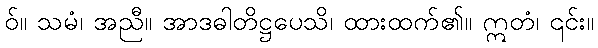
ဝ်။ သမံ၊ အညီ။ အာဒဓါတိဋ္ဌပေသိ၊ ထားထက်၏။ ဣတံ၊ ၎င်း။